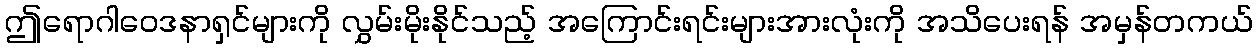
ဤရောဂါဝေဒနာရှင်များကို လွှမ်းမိုးနိုင်သည့် အကြောင်းရင်းများအားလုံးကို အသိပေးရန် အမှန်တကယ်